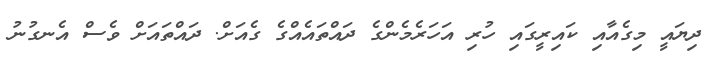
ދިޔައީ މިގެއާއި ކައިރީގައި ހުރި އަހަރެމެންގެ ދައްތައެއްގެ ގެއަށް. ދައްތައަށް ވެސް އެނގުުނު